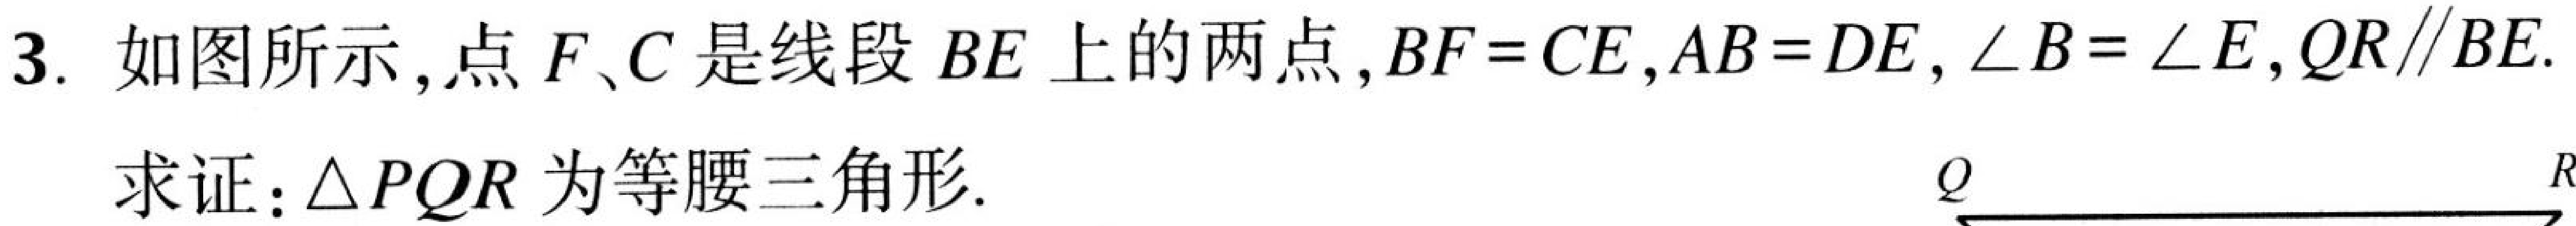
3. 如图所示,点 \(F、C\) 是线段 \(BE\) 上的两点, \(BF = CE\), \(AB = DE\), \(\angle B=\angle E\), \(QR\parallel BE\).
求证: \(\triangle PQR\) 为等腰三角形.